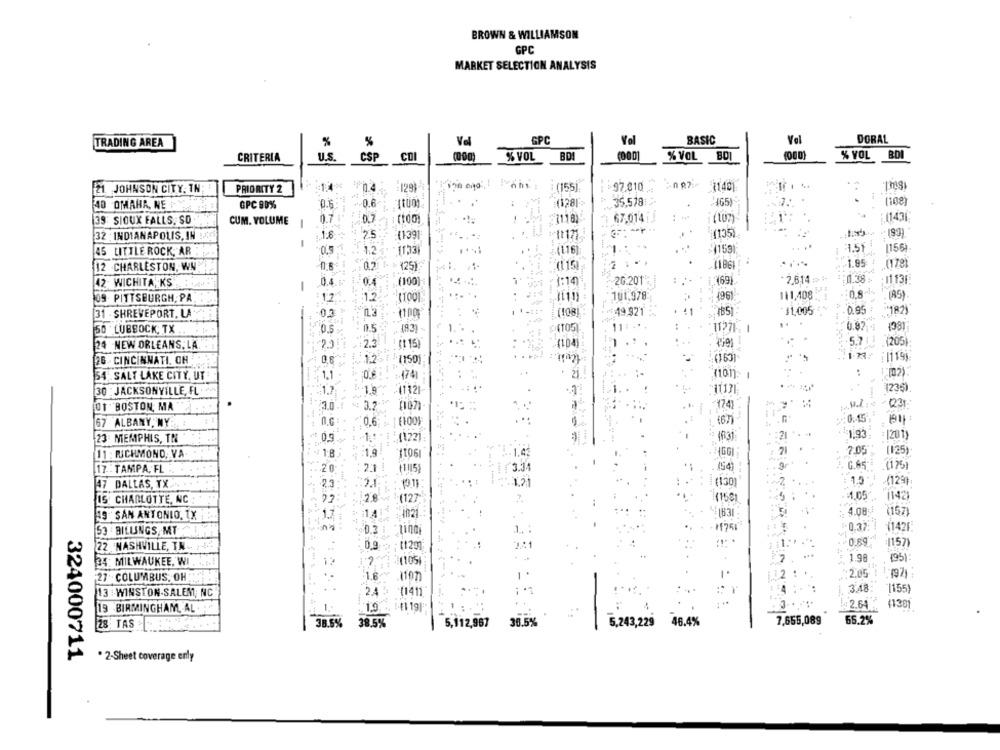
BROWN & WILLIAMSON
GPC
MARKET SELECTION ANALYSIS
%
%
Vel
GPC
Vol
BASIC
Val
DORAL
TRADING AREA
CRITERIA
U.S.
CSP
COI
% VOL
BD!
(000]
% VOL
% VOL BDI
(155)
-97.810
JOHNSON CITY, TN;
PRIORITY 2
129)
0.6
:
(128F-
35.578:
465)
.
(108)
40 OMAHA, NE
GPC 90%
0.6
67.014 J
:1143)
39 SIOUX FALLS, SD
CUM. VOLUME
0.7
-
32 : INDIANAPOLIS, IN
1.1:8
(1391
.
(135)
1.51
1156)
45 LITTLE ROCK, AR
1.2
11331
...
3.(116]
7 .
-1.95
12 CHARLESTON, WAR
0.6
125)
(1861
42 WICHITA, KS
04
(100)
1:14)
-20.201.
(69)
* 7,614
0.38
11136
09. PITTSBURGH, PA
12
....
..
101.978
111,408.
(85)
31 - SHREVEPORT, LA
49.921 :.
1851
31,005
0.95
'182)
50 LUBBOCK, TX
0.5
(8)3)
1.
TO5
..
24 NEW ORLEANS, LA
2.
ft 15)
...
5.7
.(205
28 CINCINNATI. ON
(150)
54. SALT LAKE CITY, UT
4741
-
30 : JACKSONVILLE, FL
41321
12361
3.0
174;
==
01 BOSTON, MA
3.
115
**: 0:15
67 ALBANY, NY
0,6: . | (100)
0.6
: 21
1.93
1201
23 MEMPHIS, TN
0.9.
(122]
[125):
11 : RICHMOND, VA
...
:1,9
It061
1.43
9. G.65-
1175)
17 - TAMPA, FL
.20
2.1
(1/15)
3.31
154
2
47 DALLAS, TX.
23
121
(130]
(129):
7
=1,05
15 CHARLOTTE, NC
(127
(153)
(142)
4.08
19 SAN ANTONIO, TX
1.7
= = 14
..
2157
0.3%
53 BILLINGS, MT
0.2
(142F
22 NASHVILLE, TN
0,9
(125)
0.89
1157)
34: MILWAUKEE, WI
2(105)
..
1.98
(95)
27 . COLUMBUS, OH
-1.6
1107
1 .
12
*2.05
13 -WINSTON-SALEM; NC
2.4
(1411
3.48
19 -BIRMINGHAM, AL.
19
: 2.64
41301
..
38.5%
38.5%
36.5%
5.243,225
46.4%
7,655,089
65.2%
28 TAS
5,112,967
324000711
. 2-Sheet coverage enly